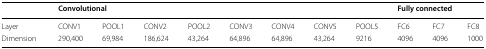
<table><thead><tr><td></td><td colspan="8"><b>Convolutional</b></td><td colspan="3"><b>Fully connected</b></td></tr></thead><tbody><tr><td>Layer</td><td>CONV1</td><td>POOL1</td><td>CONV2</td><td>POOL2</td><td>CONV3</td><td>CONV4</td><td>CONV5</td><td>POOL5</td><td>FC6</td><td>FC7</td><td>FC8</td></tr><tr><td>Dimension</td><td>290,400</td><td>69,984</td><td>186,624</td><td>43,264</td><td>64,896</td><td>64,896</td><td>43,264</td><td>9216</td><td>4096</td><td>4096</td><td>1000</td></tr></tbody></table>